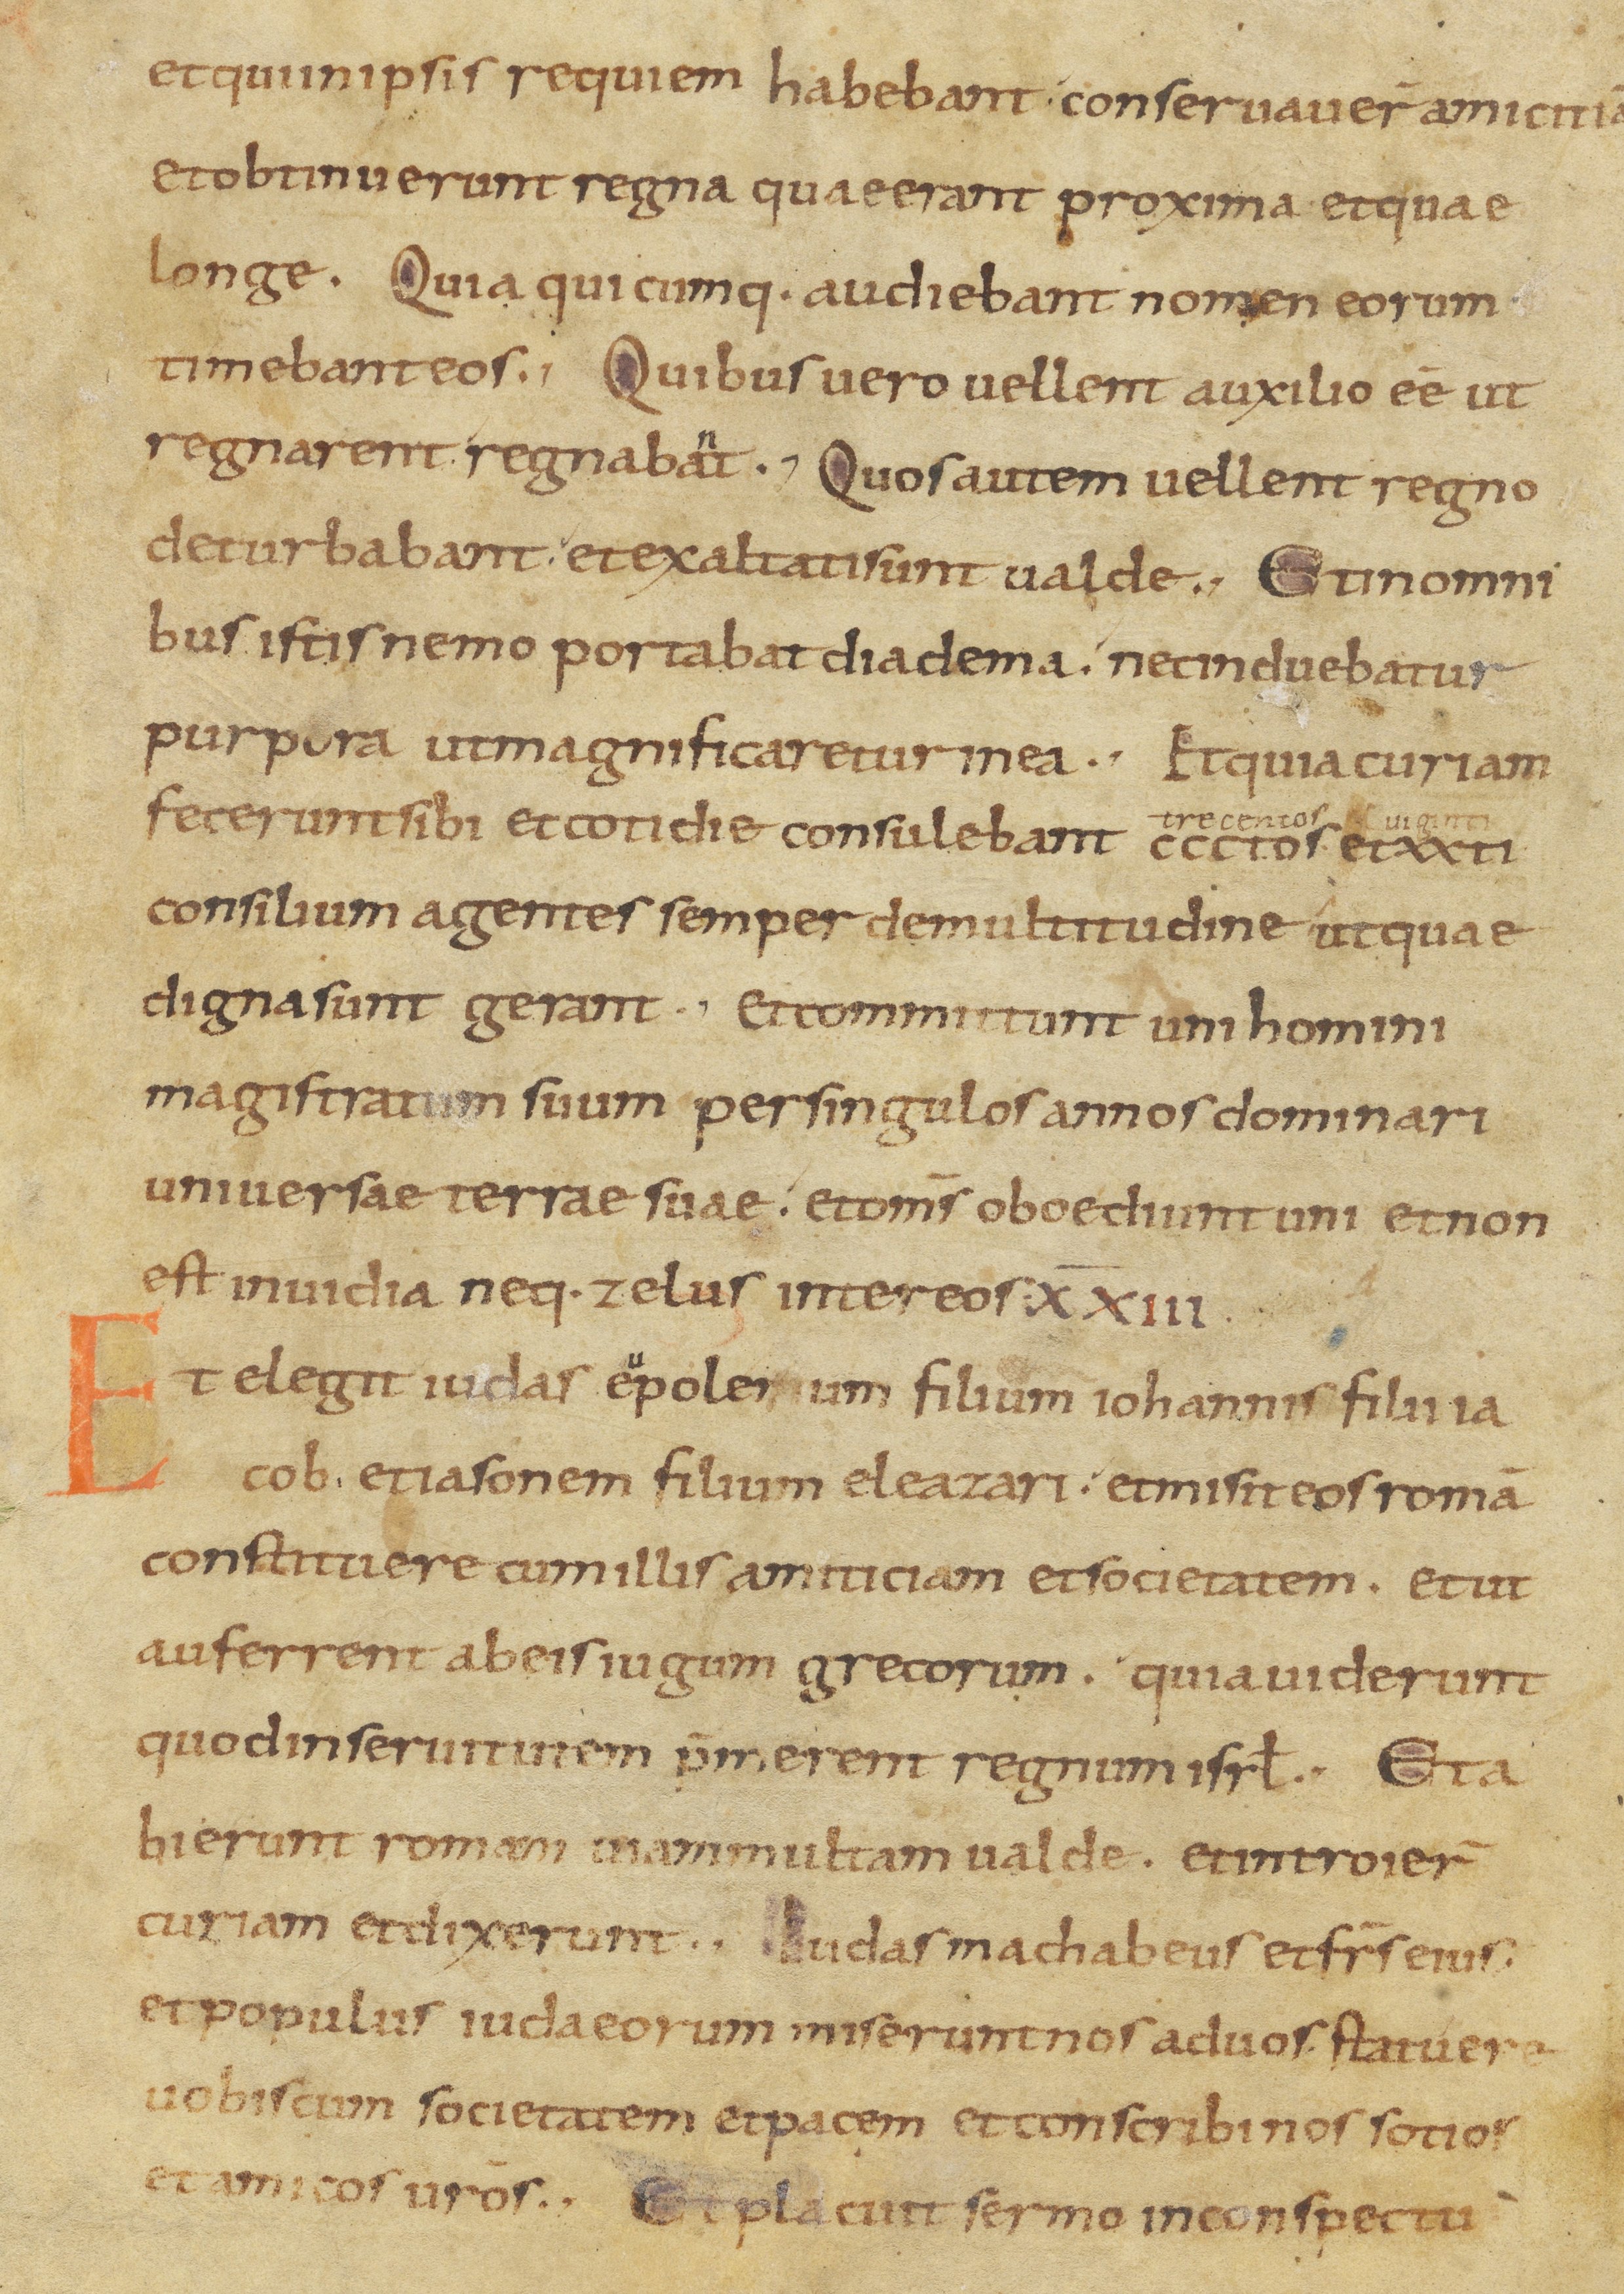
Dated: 800–899